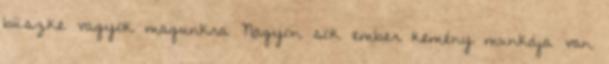
büszke vagyok magunkra Nagyon sok ember kemény munkája van